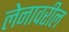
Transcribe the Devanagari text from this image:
लेनावरील